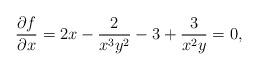
LaTeX: \begin{align*} \frac{\partial f}{\partial x}=2x-\frac{2}{x^3y^2}-3+\frac{3}{x^2y}=0,\end{align*}